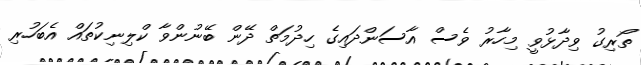
ތޯރިގު ވިދާޅުވީ މިހާރު ވެސް އާސަންދައިގެ ހިދުމަތް ދޭން ބޭނުންވާ ކްލިނިކުތައް އެބަހުރި